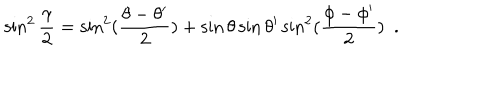
LaTeX: \sin ^ { 2 } { \frac { \gamma } { 2 } } = \sin ^ { 2 } ( { \frac { \theta - \theta ^ { \prime } } { 2 } } ) + \sin \theta \sin \theta ^ { \prime } \sin ^ { 2 } ( { \frac { \phi - \phi ^ { \prime } } { 2 } } ) ~ ~ .